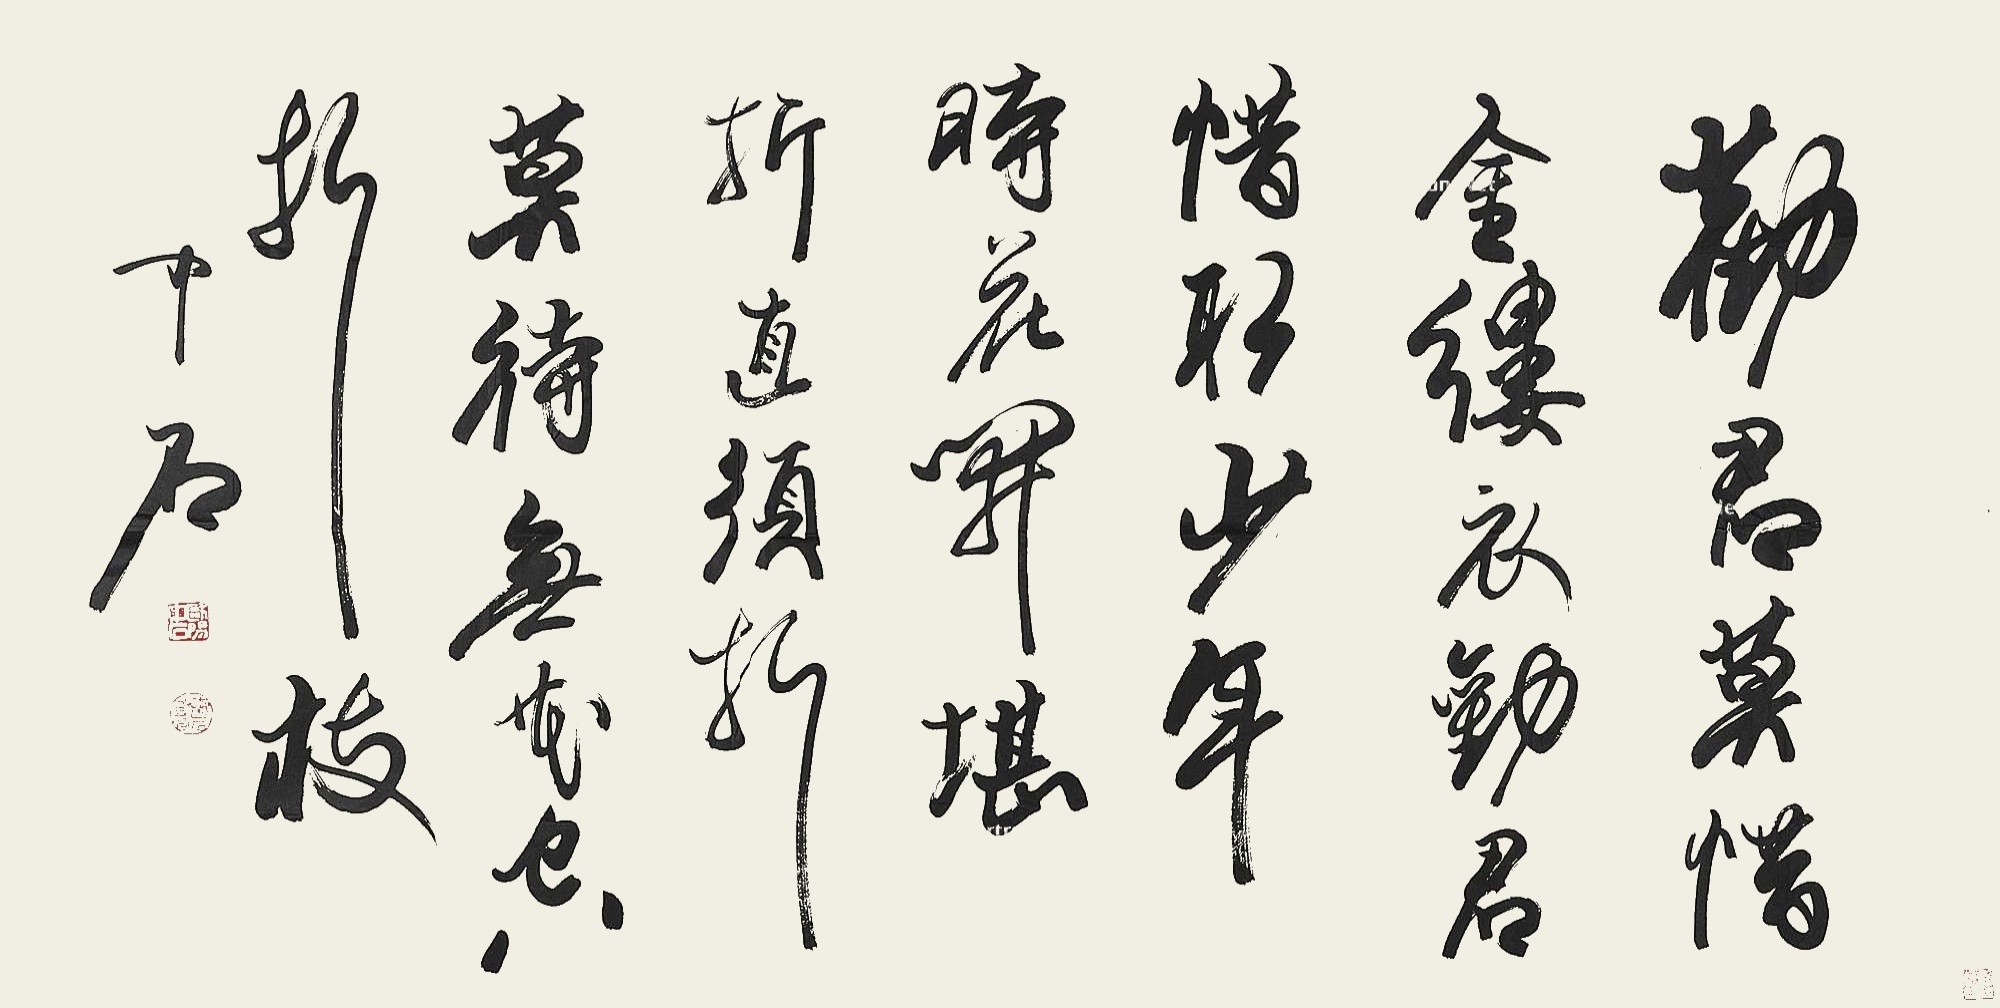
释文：劝君莫惜金缕衣，劝君须惜少年时。花开堪折直须折，莫待无花空折枝。中石。